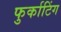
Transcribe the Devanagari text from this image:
फुर्काटिंग